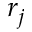
r _ { j }